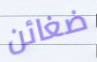
ضغائن